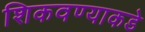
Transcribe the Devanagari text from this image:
शिकवण्याकडे